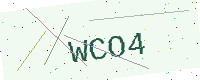
Text: WCO4